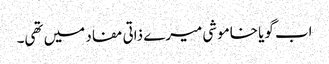
اب گویا خاموشی میرے ذاتی مفاد میں تھی۔